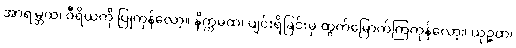
အာရမ္ဘထ၊ ဝီရိယကို ပြုကုန်လော့။ နိက္ကမထ၊ ပျင်းရိခြင်းမှ ထွက်မြောက်ကြကုန်လော့။ ယုဉ္ဇထ၊